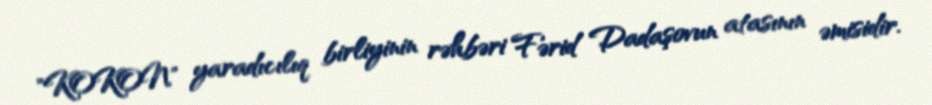
"KOKON" yaradıcılıq birliyinin rəhbəri Fərid Dadaşovun atasının əmisidir.